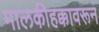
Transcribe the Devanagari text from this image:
मालकीहक्कावरून